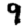
Digit: 9